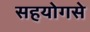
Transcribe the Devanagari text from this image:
सहयोगसे